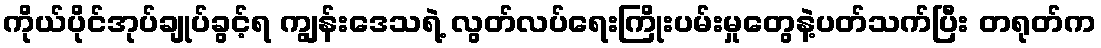
ကိုယ်ပိုင်အုပ်ချုပ်ခွင့်ရ ကျွန်းဒေသရဲ့ လွတ်လပ်ရေးကြိုးပမ်းမှုတွေနဲ့ပတ်သက်ပြီး တရုတ်က